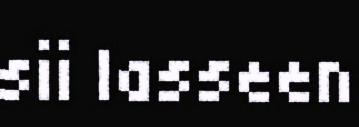
sii lasseen